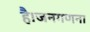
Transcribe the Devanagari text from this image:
है।जनगणना